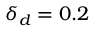
\delta _ { d } = 0 . 2